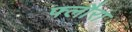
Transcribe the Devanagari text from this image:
फ्लौरा